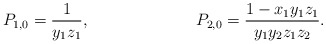
\begin{align*} P_{1,0} &= \frac{1}{y_1 z_1}, & P_{2,0} &= \frac{1 - x_1 y_1 z_1} {y_1 y_2 z_1 z_2}. \end{align*}